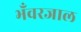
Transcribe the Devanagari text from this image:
भँवरजाल